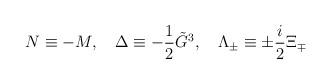
LaTeX: \begin{align*}N\equiv -M,\ \ \ \Delta \equiv -\frac 12\tilde{G}^3,\ \ \ \Lambda _{\pm}\equiv \pm \frac i2\Xi _{\mp } \end{align*}